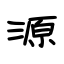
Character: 源